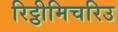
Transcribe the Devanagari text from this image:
रिट्ठीमिचरिउ